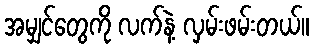
အမျှင်တွေကို လက်နဲ့ လှမ်းဖမ်းတယ်။